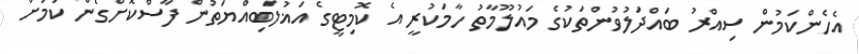
އެހެންކަމުން ސިއްރު ބައްދަލުވުންތަކުގެ މައުލޫމާތު ހާމަކުރީ އެ ކޮމިޓީގެ އަޣުލަބިއްޔަތުން ފާސްކޮށްގެން ކަމަށް